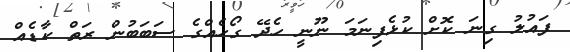
ފައުލު ގިނަ ކޮށް ކުޅެފިނަމަ ނޫނީ ހެދޭ ގޯހެއްގެ ސަބަބުން ރަތް ކާޑެއް